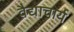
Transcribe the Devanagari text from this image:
वैद्याचार्य